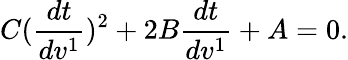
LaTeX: C(\frac{dt}{dv^{1}})^{2}+2B\frac{dt}{dv^{1}}+A=0.